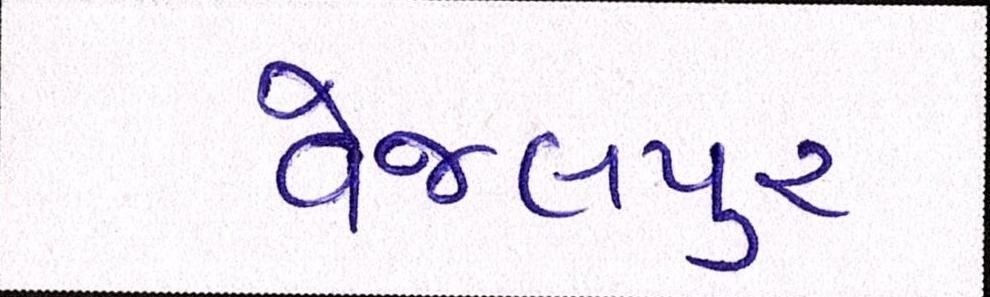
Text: વેજલપુર